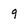
Character: 9